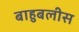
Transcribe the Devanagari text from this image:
बाहुबलीस